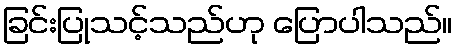
ခြင်းပြုသင့်သည်ဟု ပြောပါသည်။